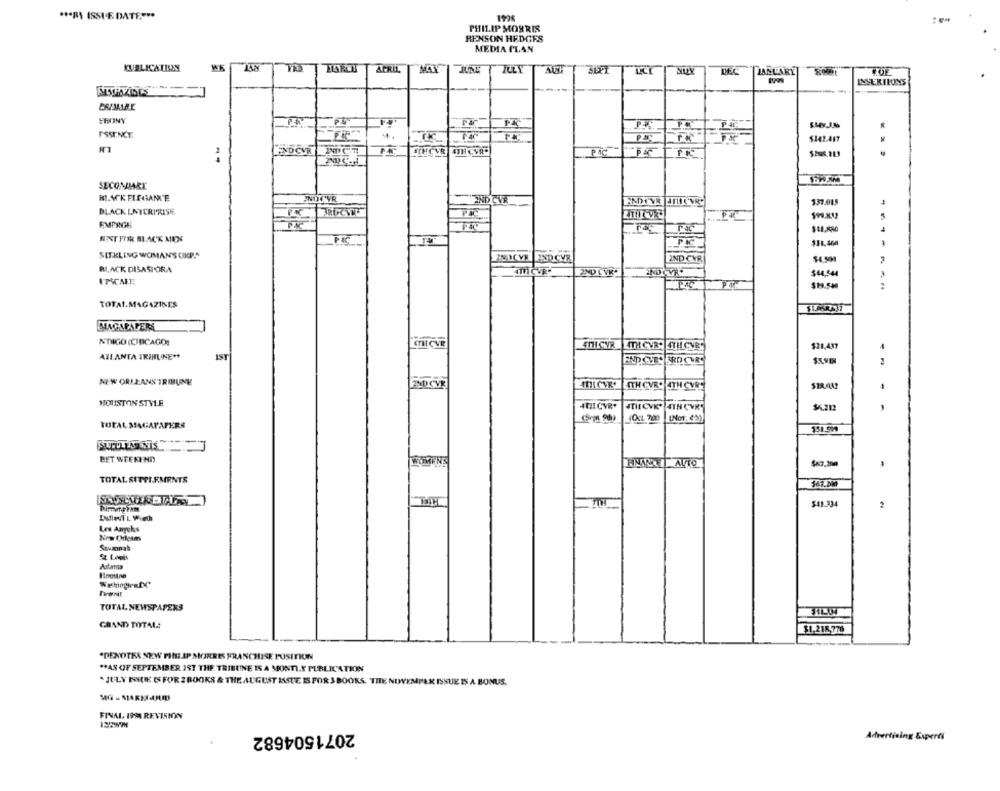
*** BS ISSUE DATE .***
PHILIP MORRIS
RENSON HEDGES
MEDIA PLAN
KUBLICATION
APRIL
ZULY
NUY
DEC
JANUARY
INSERILONS
ERIMARE
ESSENCE
FA
TR
$142.417
END CVR
STHCVR ATH CVR"
PAC
SECONMARY
INOCYR
END CVR
ENDEVE JTIC'VR
$37.015
BLACK ENTERPRISE
EMPROE
$11.X80
MENT FOR BLACK MEN
SETKLING WOMAN'S CIKP.A
POICYX 2NDCVR
2ND CVR
$4.500
BLACK DISASPORA
$44,544
I'MSCALE;
$19.540
. ..
TOTAL.MAGAZINES
MAGAPAPERS
NDIGO (CIRCAGO]
STI CVR ITHCVRR 4TH CVR
$28,437
ATLANTA TRIBUNE **
IST
ERD CURE
NEW ORLEANS TRIBUNE
ITH CVR. 4TH CVRE
HOUSTON STYLE
4TH CVRY
4THCVK" 4TH CVR'
56.212
[Nor. 4'3)
TOTAL MAGAPAPERS
151.599
BET WEEKEND
WOMENS
$67.
TOTAL SITPI EMENTS
167.00
$41.334
2
Les Aaryok&
Savannah
Twonit
TOTAL NEWSPAPERS
GRAND TOTAL:
$1.218,776
*DENOTES NEW PHILIP MORRIS FRANCHISE POSITION
** AS OF SEPTEMBER 1ST THE TRIBUNE IS A MONTI.Y PUBLICATION
. JULY MOU S FOR 2 BOOKS & THE AUGUST ISSUE IS FOR 3 BOOKS, TITE NOVEMBER ISSUE IS A BONUS.
MG & MAKETAJUD
FINAL, 198 REVISION
122W7H
2071504682
Advertising Experti